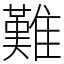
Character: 難